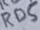
Text: RD5